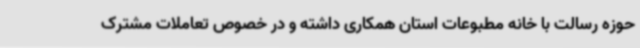
حوزه رسالت با خانه مطبوعات استان همکاری داشته و در خصوص تعاملات مشترک